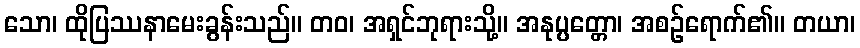
သော၊ ထိုပြဿနာမေးခွန်းသည်။ တဝ၊ အရှင်ဘုရားသို့။ အနုပ္ပတ္တော၊ အစဉ်ရောက်၏။ တယာ၊